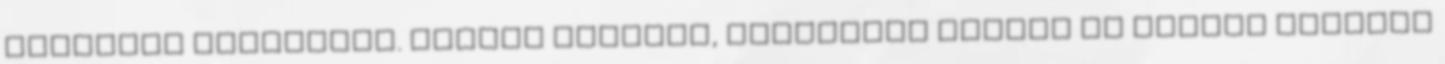
héliumos léggömbök. Vannak olyanok, amelyeken számok is vannak például